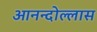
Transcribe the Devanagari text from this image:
आनन्दोल्लास